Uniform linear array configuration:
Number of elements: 8
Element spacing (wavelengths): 1
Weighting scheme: binomial
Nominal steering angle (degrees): -45
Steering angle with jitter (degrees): -46.293
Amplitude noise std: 0.05
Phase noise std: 0.05

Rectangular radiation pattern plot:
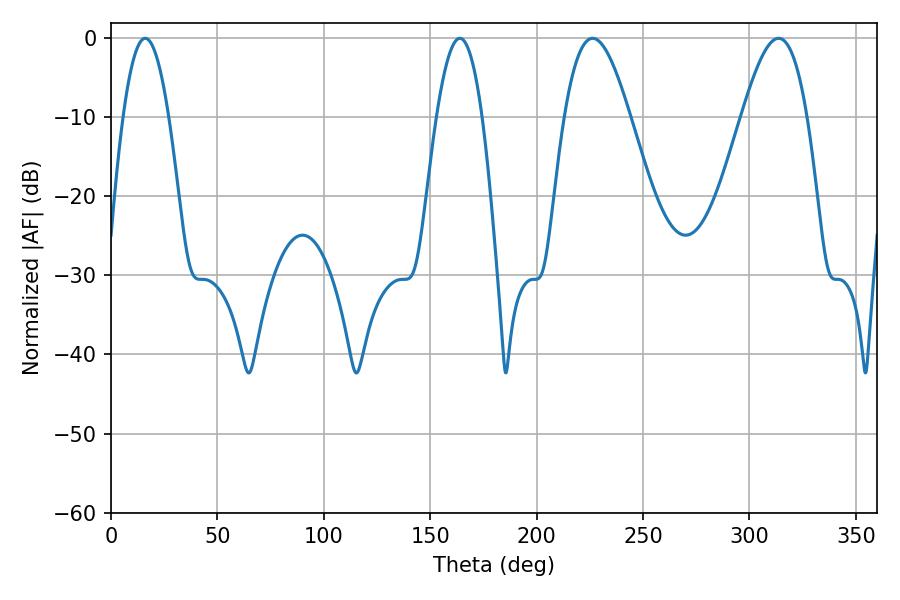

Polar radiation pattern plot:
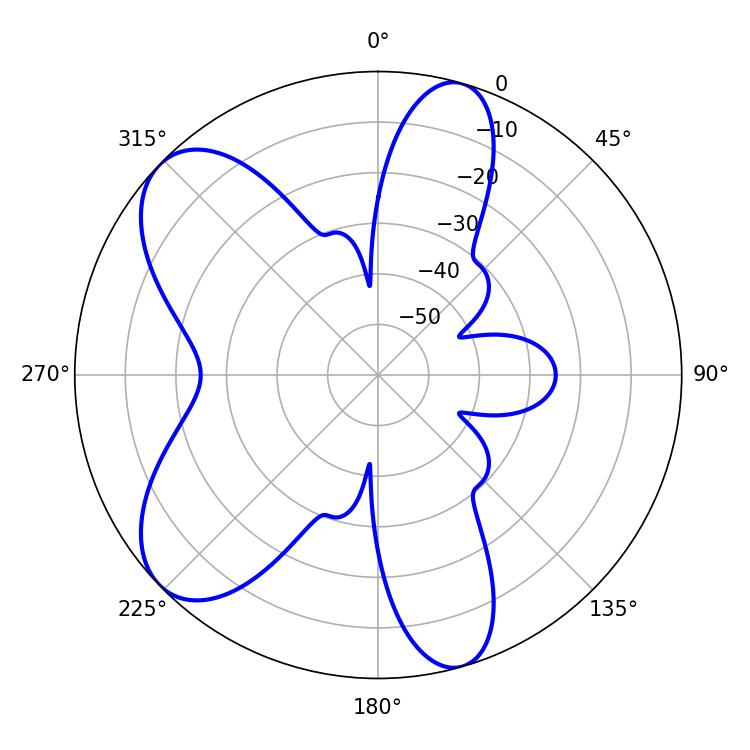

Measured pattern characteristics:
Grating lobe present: TRUE
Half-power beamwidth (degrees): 16.56
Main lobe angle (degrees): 226.26